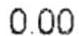
0.00